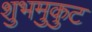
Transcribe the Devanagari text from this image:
शुभमुकुट